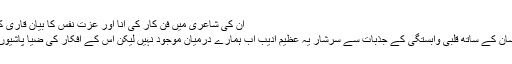
ان کی شاعری میں فن کار کی انا اور عزت نفس کا بیان قاری کو اپنی گرفت میں لے لیتا ہے :
وطن ،اہل وطن اور بنی نوع انسان کے ساتھ قلبی وابستگی کے جذبات سے سرشار یہ عظیم ادیب اب ہمارے درمیان موجود نہیں لیکن اس کے افکار کی ضیا پاشیوں کا سلسلہ تا ابد جاری رہے گا۔